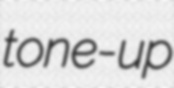
tone-up